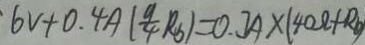
\cdot 6 V + 0 . 4 A ( \frac { 9 } { 4 } R _ { b } ) = 0 . 3 A \times ( 4 0 \Omega + R _ { b } )